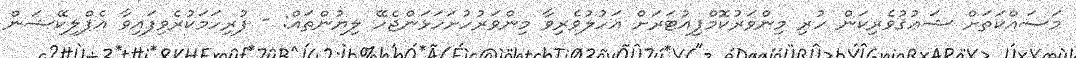
މަސައްކަތަށް ޝަޢުޤުވެރިކަން ހުރި މިންވަރުކޮމްޕިއުޓަރަށް އަހުލުވެރިވާ މިންވަރުހުށަހަޅަންޖެހޭ ލިޔުންތައް: - ފުރިހަމަކުރެވިފައިވާ އެޕްލިކޭޝަން